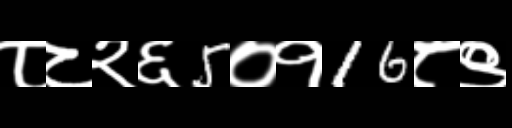
Text: ८८२६5०१16८९